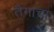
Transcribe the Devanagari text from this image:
तैगाचा